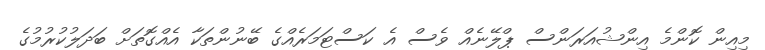
މިއިން ކޮންމެ އިންޝުއަރަންސް ޕްލޭނެއް ވެސް އެ ކަސްޓަމަރެއްގެ ބޭނުންތަކާ އެއްގޮތަށް ބަދަލުކުރުމުގެ